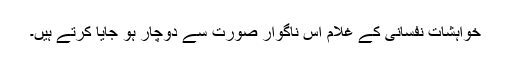
خواہشات نفسانی کے غلام اس ناگوار صورت سے دوچار ہو جایا کرتے ہیں۔